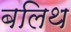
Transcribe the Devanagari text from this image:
बलिथ